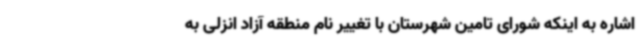
اشاره به اینکه شورای تامین شهرستان با تغییر نام منطقه آزاد انزلی به